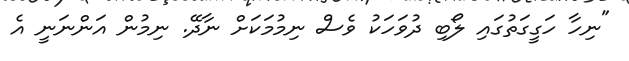
"ނިހާ ހަގީގަތުގައި ލޯބި ދުވަހަކު ވެސް ނިމުމަކަށް ނާދޭ. ނިމުން އަންނަނީ އެ